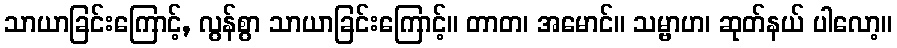
သာယာခြင်းကြောင့်, လွန်စွာ သာယာခြင်းကြောင့်။ တာတ၊ အမောင်။ သမ္ဗာဟ၊ ဆုတ်နယ် ပါလော့။